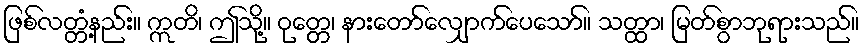
ဖြစ်လတ္တံ့နည်း။ ဣတိ၊ ဤသို့။ ဝုတ္တေ၊ နားတော်လျှောက်ပေသော်။ သတ္ထာ၊ မြတ်စွာဘုရားသည်။